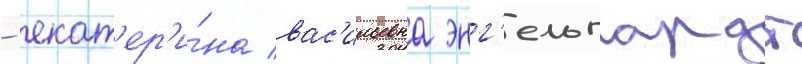
- екат'ер'и́на вас'ильевна энг'ельгардт